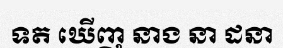
ទត ឃើញ នាង នា ដនា